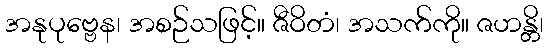
အနုပုဗ္ဗေန၊ အစဉ်သဖြင့်။ ဇီဝိတံ၊ အသက်ကို။ ဇဟန္တိ၊